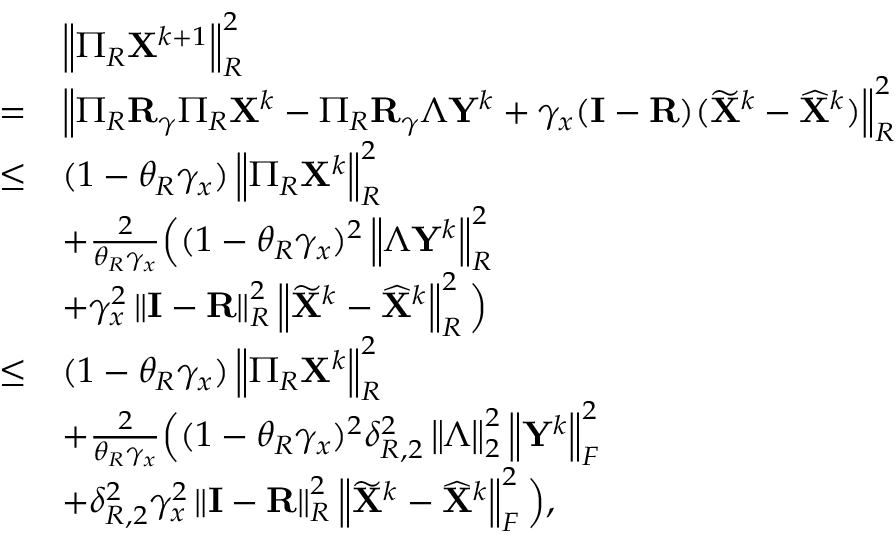
\begin{array} { r l } & { \left\| \Pi _ { R } { \mathbf { X } } ^ { k + 1 } \right\| _ { R } ^ { 2 } } \\ { = } & { \left\| \Pi _ { R } { \mathbf { R } } _ { \gamma } \Pi _ { R } { \mathbf { X } } ^ { k } - \Pi _ { R } { \mathbf { R } } _ { \gamma } \Lambda { \mathbf { Y } } ^ { k } + \gamma _ { x } ( { \mathbf { I } } - { \mathbf { R } } ) ( \widetilde { { \mathbf { X } } } ^ { k } - \widehat { { \mathbf { X } } } ^ { k } ) \right\| _ { R } ^ { 2 } } \\ { \leq } & { ( 1 - \theta _ { R } \gamma _ { x } ) \left\| \Pi _ { R } { \mathbf { X } } ^ { k } \right\| _ { R } ^ { 2 } } \\ & { + \frac { 2 } { \theta _ { R } \gamma _ { x } } \Big ( ( 1 - \theta _ { R } \gamma _ { x } ) ^ { 2 } \left\| \Lambda { \mathbf { Y } } ^ { k } \right\| _ { R } ^ { 2 } } \\ & { + \gamma _ { x } ^ { 2 } \left\| { \mathbf { I } } - { \mathbf { R } } \right\| _ { R } ^ { 2 } \left\| \widetilde { { \mathbf { X } } } ^ { k } - \widehat { { \mathbf { X } } } ^ { k } \right\| _ { R } ^ { 2 } \Big ) } \\ { \leq } & { ( 1 - \theta _ { R } \gamma _ { x } ) \left\| \Pi _ { R } { \mathbf { X } } ^ { k } \right\| _ { R } ^ { 2 } } \\ & { + \frac { 2 } { \theta _ { R } \gamma _ { x } } \Big ( ( 1 - \theta _ { R } \gamma _ { x } ) ^ { 2 } \delta _ { R , 2 } ^ { 2 } \left\| \Lambda \right\| _ { 2 } ^ { 2 } \left\| { \mathbf { Y } } ^ { k } \right\| _ { F } ^ { 2 } } \\ & { + \delta _ { R , 2 } ^ { 2 } \gamma _ { x } ^ { 2 } \left\| { \mathbf { I } } - { \mathbf { R } } \right\| _ { R } ^ { 2 } \left\| \widetilde { { \mathbf { X } } } ^ { k } - \widehat { { \mathbf { X } } } ^ { k } \right\| _ { F } ^ { 2 } \Big ) , } \end{array}